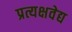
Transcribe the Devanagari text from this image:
प्रत्यक्षवेद्य